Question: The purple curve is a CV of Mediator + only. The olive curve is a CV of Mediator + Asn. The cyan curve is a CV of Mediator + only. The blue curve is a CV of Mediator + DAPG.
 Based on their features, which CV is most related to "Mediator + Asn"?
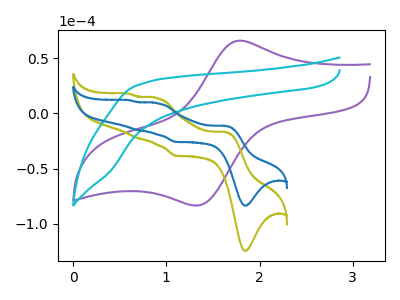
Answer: <think>The purple curve "Mediator + only" has an anodic peak at (1.80V, 66.15uA) and a cathodic peak at (1.35V, -83.70uA). The olive curve "Mediator + Asn" has anodic peaks at (1.65V, -16.80uA) (0.90V, 13.85uA) (0.70V, -22.45uA) (0.60V, 18.05uA) and cathodic peaks at (1.85V, -124.75uA) (1.10V, -38.50uA). The cyan curve "Mediator + only" has no peaks. The blue curve "Mediator + DAPG" has anodic peaks at (1.65V, -11.25uA) (0.90V, 9.30uA) (0.70V, -15.05uA) (0.60V, 12.10uA) and cathodic peaks at (1.85V, -83.70uA) (1.10V, -25.85uA).
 "Mediator + only" and "Mediator + Asn" have a different number of peaks. "Mediator + only" and "Mediator + only" have a different number of peaks. "Mediator + only" and "Mediator + DAPG" have a different number of peaks. "Mediator + Asn" and "Mediator + only" have a different number of peaks. All the peaks in "Mediator + Asn" have a peak in "Mediator + DAPG" at the same potential. "Mediator + only" and "Mediator + DAPG" have a different number of peaks.</think>
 <answer>The CV with the most similar shape to "Mediator + DAPG" is "Mediator + Asn".</answer>
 <eval>"Mediator + Asn"</eval>